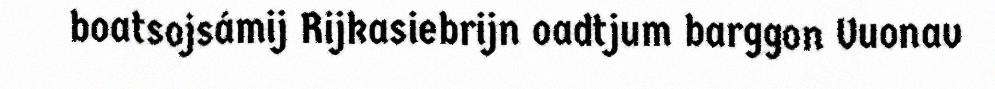
boatsojsámij Rijkasiebrijn oadtjum barggon Vuonav